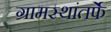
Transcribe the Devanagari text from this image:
ग्रामस्थांतर्फे